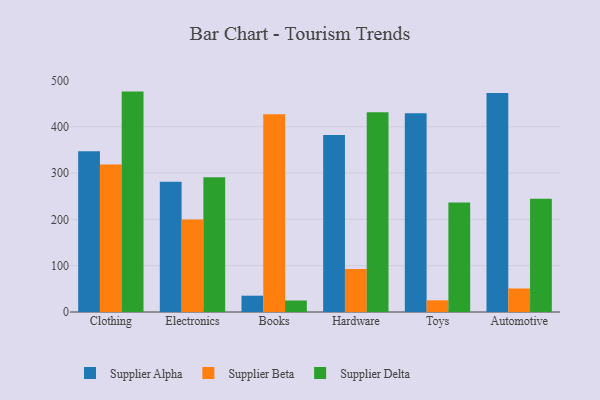
{"axis": {"x": "Category", "y": "Temperature (°C)"}, "legend": ["Supplier Alpha", "Supplier Beta", "Supplier Delta"], "data": [{"x": "Clothing", "y": 347.3, "type": "Supplier Alpha"}, {"x": "Clothing", "y": 318.6, "type": "Supplier Beta"}, {"x": "Clothing", "y": 475.9, "type": "Supplier Delta"}, {"x": "Electronics", "y": 281.4, "type": "Supplier Alpha"}, {"x": "Electronics", "y": 199.5, "type": "Supplier Beta"}, {"x": "Electronics", "y": 291.0, "type": "Supplier Delta"}, {"x": "Books", "y": 35.2, "type": "Supplier Alpha"}, {"x": "Books", "y": 426.8, "type": "Supplier Beta"}, {"x": "Books", "y": 24.8, "type": "Supplier Delta"}, {"x": "Hardware", "y": 382.4, "type": "Supplier Alpha"}, {"x": "Hardware", "y": 93.0, "type": "Supplier Beta"}, {"x": "Hardware", "y": 431.1, "type": "Supplier Delta"}, {"x": "Toys", "y": 429.2, "type": "Supplier Alpha"}, {"x": "Toys", "y": 25.2, "type": "Supplier Beta"}, {"x": "Toys", "y": 236.6, "type": "Supplier Delta"}, {"x": "Automotive", "y": 473.0, "type": "Supplier Alpha"}, {"x": "Automotive", "y": 50.8, "type": "Supplier Beta"}, {"x": "Automotive", "y": 244.7, "type": "Supplier Delta"}]}